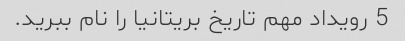
5 رویداد مهم تاریخ بریتانیا را نام ببرید.